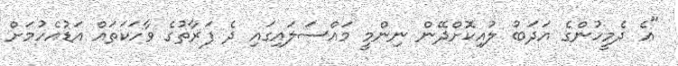
"އެ ދެމީހުންގެ އަދަބު ލުއިކޮށްދޭން ނިންމީ މައްސަލައިގައި ދެ ފަރާތުގެ ވާހަކަތައް އަޑުއެހުމަށް